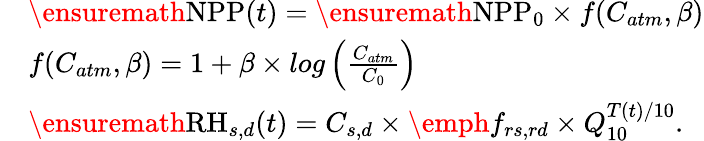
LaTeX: \begin{array}{rl}&{\ensuremath{\mathrm{NPP}}(t)=\ensuremath{\mathrm{NPP}}_{0}\times f(C_{atm},\beta)}\\ &{f(C_{atm},\beta)=1+\beta\times log\left({\frac{C_{atm}}{C_{0}}}\right)}\\ &{\ensuremath{\mathrm{RH}}_{s,d}(t)=C_{s,d}\times\emph{f}_{rs,rd}\times Q_{10}^{T(t)/10}.}\end{array}